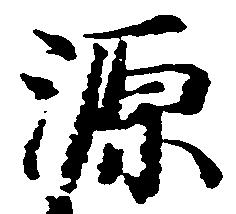
朝